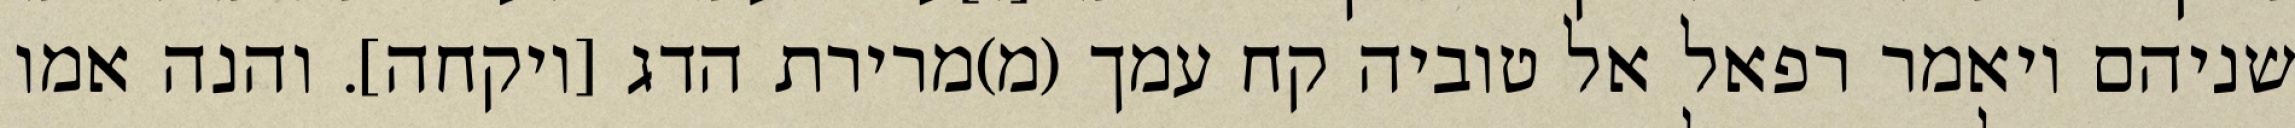
שניהם ויאמר רפאל אל טוביה קח עמך (מ)מרירת הדג [ויקחה]. והנה אמו